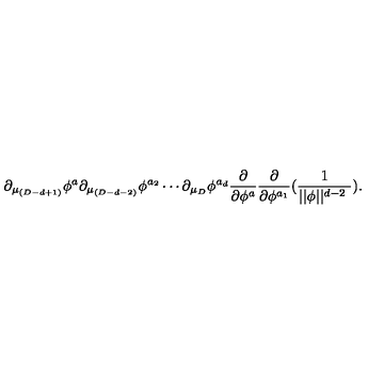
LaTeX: \partial _ { \mu _ { ( D - d + 1 ) } } \phi ^ { a } \partial _ { \mu _ { ( D - d - 2 ) } } \phi ^ { a _ { 2 } } \cdots \partial _ { \mu _ { D } } \phi ^ { a _ { d } } \frac \partial { \partial \phi ^ { a } } \frac \partial { \partial \phi ^ { a _ { 1 } } } ( \frac 1 { | | \phi | | ^ { d - 2 \ } } ) .